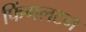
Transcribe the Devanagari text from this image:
फिंगलटन